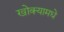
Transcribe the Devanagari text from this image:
खोक्यामधे